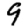
Digit: 9